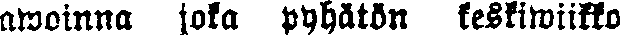
awoinna joka pyhätön keskiwiikko